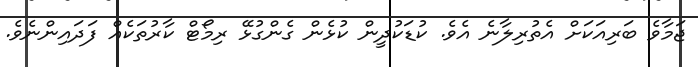
ޖަމާވެ ބަރިއަކަށް އެތުރިލާނެ އެވެ. ކުޑަކުދީން ކުޅެން ގެންގުޅޭ ރިމޯޓް ކާރުތަކެއް ފަދައިންނެވެ.